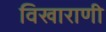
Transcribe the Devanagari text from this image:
विखाराणी